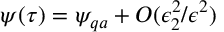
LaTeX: \psi ( \tau ) = \psi _ { q a } + O ( \epsilon _ { 2 } ^ { 2 } / \epsilon ^ { 2 } )